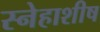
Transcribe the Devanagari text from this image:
स्नेहाशीष